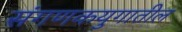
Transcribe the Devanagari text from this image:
संगणकयुगातील